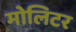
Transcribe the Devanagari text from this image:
मोलिटर